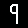
Digit: 9